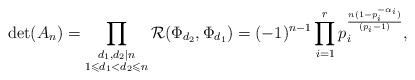
LaTeX: \begin{align*}\det(A_n) = \prod_{\substack{d_1, d_2 \mid n \\ 1 \leqslant d_1 < d_2 \leqslant n}} \mathcal{R}(\Phi_{d_2}, \Phi_{d_1}) = (-1)^{n-1} \prod_{i=1}^r p_i^{\frac {n(1-p_i^{-\alpha_i})} {(p_i-1)}},\end{align*}